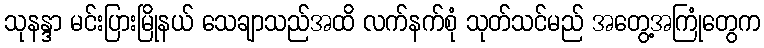
သုနန္ဒာ မင်းပြားမြိုနယ် သေချာသည်အထိ လက်နက်စုံ သုတ်သင်မည် အတွေ့အကြုံတွေက